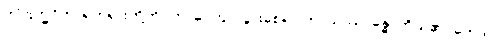
ဤဗြဟ္မဝိဟာရတရားတို့ကို။ ဘာဝေတွာ၊ ပွားစေ၍။ ကာယဿ၊ ခန္ဓာကိုယ်၏။ ဘေဒါ၊